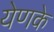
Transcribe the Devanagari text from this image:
येणके